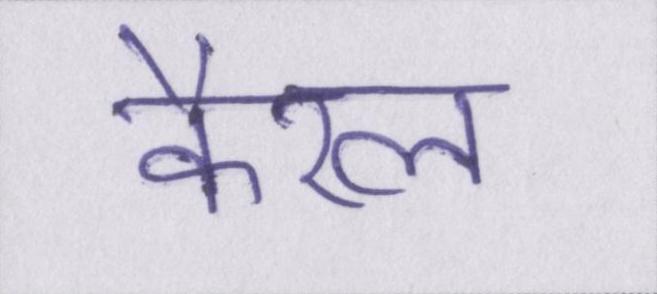
कैरल